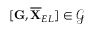
[ \mathbf { G } , \overline { { \mathbf { X } } } _ { E L } ] \in \mathcal { G }